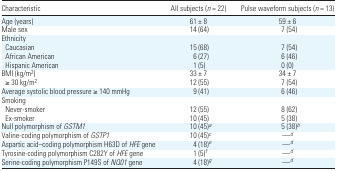
<table><thead><tr><td><b>Characteristic</b></td><td><b>All subjects (<i>n</i> = 22)</b></td><td><b>Pulse waveform subjects (<i>n</i> = 13)</b></td></tr></thead><tbody><tr><td>Age (years)</td><td>61 ± 8</td><td>59 ± 6</td></tr><tr><td>Male sex</td><td>14 (64)</td><td>7 (54)</td></tr><tr><td colspan="3">Ethnicity</td></tr><tr><td> Caucasian</td><td>15 (68)</td><td>7 (54)</td></tr><tr><td> African American</td><td>6 (27)</td><td>6 (46)</td></tr><tr><td> Hispanic American</td><td>1 (5)</td><td>0 (0)</td></tr><tr><td>BMI (kg/m<sup>2</sup>)</td><td>33 ± 7</td><td>34 ± 7</td></tr><tr><td> ≥ 30 kg/m<sup>2</sup></td><td>12 (55)</td><td>7 (54)</td></tr><tr><td>Average systolic blood pressure ≥140 mmHg</td><td>9 (41)</td><td>6 (46)</td></tr><tr><td colspan="3">Smoking</td></tr><tr><td> Never-smoker</td><td>12 (55)</td><td>8 (62)</td></tr><tr><td> Ex-smoker</td><td>10 (45)</td><td>5 (38)</td></tr><tr><td>Null polymorphism of <i>GSTM1</i></td><td>10 (45)a</td><td>5 (38)b</td></tr><tr><td>Valine-coding polymorphism of <i>GSTP1</i></td><td>10 (45)c</td><td>—d</td></tr><tr><td>Aspartic acid–coding polymorphism H63D of <i>HFE</i> gene</td><td>4 (18)e</td><td>—d</td></tr><tr><td>Tyrosine-coding polymorphism C282Y of <i>HFE</i> gene</td><td>1 (5)f</td><td>—d</td></tr><tr><td>Serine-coding polymorphism P149S of <i>NQ01</i> gene</td><td>4 (18)g</td><td>—d</td></tr></tbody></table>